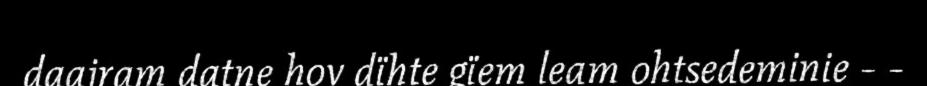
daajram datne hov dïhte gïem leam ohtsedeminie - -